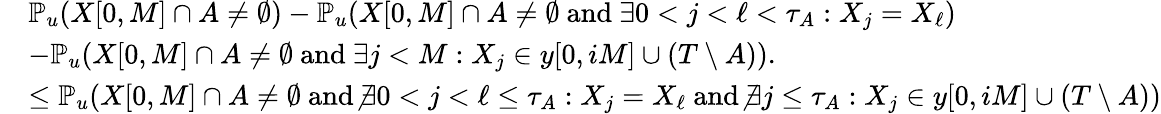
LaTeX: \begin{array}{rl}&{\mathbb{P}_{u}\! \left(X[0,M]\cap A\neq\emptyset\right)-\mathbb{P}_{u}\! \left(X[0,M]\cap A\neq\emptyset\ \mathrm{and}\ \exists 0<j<\ell<\tau_{A}:X_{j}=X_{\ell}\right)}\\ &{-\mathbb{P}_{u}\! \left(X[0,M]\cap A\neq\emptyset\ \mathrm{and}\ \exists j<M:X_{j}\in y[0,iM]\cup(T\setminus A)\right).}\\ &{\leq\mathbb{P}_{u}\! \left(X[0,M]\cap A\neq\emptyset\ \mathrm{and}\ \not\exists 0<j<\ell\leq\tau_{A}:X_{j}=X_{\ell}\ \mathrm{and}\ \not\exists j\leq\tau_{A}:X_{j}\in y[0,iM]\cup(T\setminus A)\right)}\end{array}